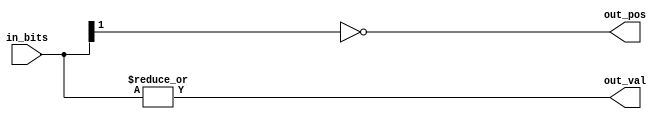
// Copyright 2023 MERL-DSU

// Licensed under the Apache License, Version 2.0 (the "License"); you may not use 
// this file except in compliance with the License. You may obtain a copy of the License at

//   http://www.apache.org/licenses/LICENSE-2.0

// Unless required by applicable law or agreed to in writing, software distributed under the 
// License is distributed on an "AS IS" BASIS, WITHOUT WARRANTIES OR CONDITIONS OF ANY KIND, 
// either express or implied. See the License for the specific language governing permissions 

module FPU_LZD_comb (in_bits, out_pos, out_val);

input [1:0]in_bits;

output out_pos;
output out_val;

assign out_pos = !in_bits[1];
assign out_val = |in_bits;

endmodule